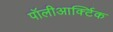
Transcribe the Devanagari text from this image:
पॉलीआर्क्टिक